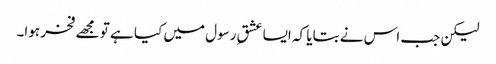
لیکن جب اس نے بتایا کہ ایسا عشقِ رسول میں کیا ہے تو مجھے فخر ہوا۔